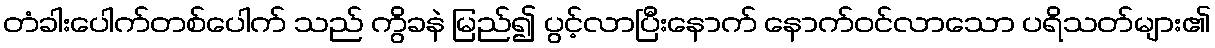
တံခါးပေါက်တစ်ပေါက် သည် ကွိခနဲ မြည်၍ ပွင့်လာပြီးနောက် နောက်ဝင်လာသော ပရိသတ်များ၏